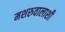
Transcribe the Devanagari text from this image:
मशरुवालाशी